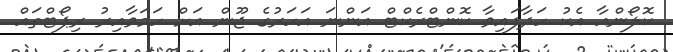
ކޮލޯންއާ އެކު ހަދާފައިވާ ކޮންޓްރެކްޓް އަންނަ އަހަރުގެ ޖޫން އަށް ހަމަވާއިރު ރިޕޯޓްތައް